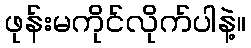
ဖုန်းမကိုင်လိုက်ပါနဲ့။